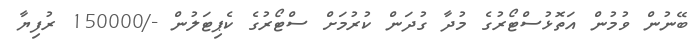
ބޭނުން ވުމުން އަތޮޅުސްޓޯރުގެ މުދާ ގުދަން ކުރުމަށް ސްޓޯރުގެ ކެޕިޓަލުން -/150000 ރުފިޔާ